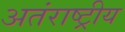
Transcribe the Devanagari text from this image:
अतंराष्ट्रीय